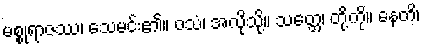
မစ္စုရာဇဿ၊ သေမင်း၏။ ဝသံ၊ အလိုသို့။ သတ္တေ၊ တို့ကို။ နေတိ၊